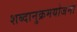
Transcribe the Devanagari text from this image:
शब्दानुक्रमयोजना